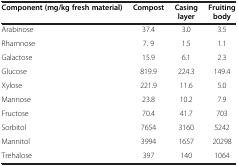
<table><thead><tr><td><b>Component (mg/kg fresh material)</b></td><td><b>Compost</b></td><td><b>Casing layer</b></td><td><b>Fruiting body</b></td></tr></thead><tbody><tr><td>Arabinose</td><td>37.4</td><td>3.0</td><td>3.5</td></tr><tr><td>Rhamnose</td><td>7. 9</td><td>1.5</td><td>1.1</td></tr><tr><td>Galactose</td><td>15.9</td><td>6.1</td><td>2.3</td></tr><tr><td>Glucose</td><td>819.9</td><td>224.3</td><td>149.4</td></tr><tr><td>Xylose</td><td>221.9</td><td>11.6</td><td>5.0</td></tr><tr><td>Mannose</td><td>23.8</td><td>10.2</td><td>7.9</td></tr><tr><td>Fructose</td><td>70.4</td><td>41.7</td><td>703</td></tr><tr><td>Sorbitol</td><td>7654</td><td>3160</td><td>5242</td></tr><tr><td>Mannitol</td><td>3994</td><td>1657</td><td>20298</td></tr><tr><td>Trehalose</td><td>397</td><td>140</td><td>1064</td></tr></tbody></table>